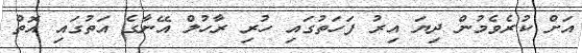
އަށް ކުރެވެމުން ދިޔަ އިރު ފަހަތުގައި ހުރި ރާހުލް އޭނާގެ އަތުގައި އޮތް